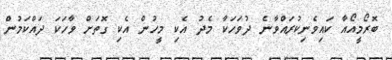
ބޮރޯމީއޯއާ ކައިވެނިކުރައްވާނެ ދުވަހަކާ މެދު އެކި މީހުން އެކި ގޮތަށް ވާހަކަ ދައްކަމުން